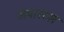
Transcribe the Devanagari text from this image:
अपारटस